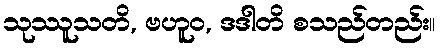
သုဿူသတိ, ဗဟူဝ, ဒဒါတိ စသည်တည်း။